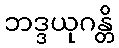
ဘဒ္ဒယုဂန္တိ